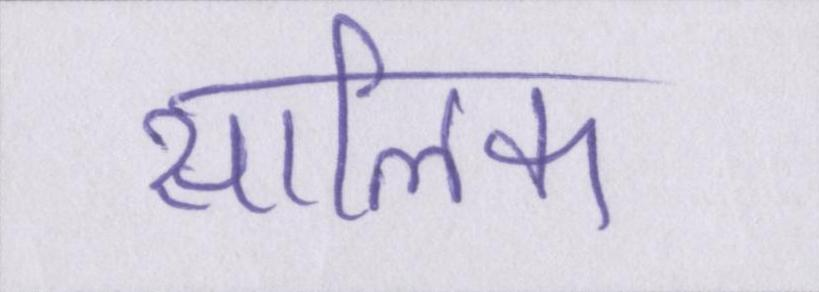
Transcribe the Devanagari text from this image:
सालिक